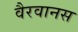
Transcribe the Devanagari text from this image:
वैरवानस